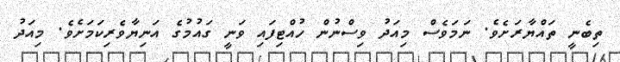
ތިބެނީ ތައްޔާރަށެވެ. ނަމަވެސް މިއަދު ވިސްނުން ހުއްޓިފައި ވަނީ ގައުމުގެ އަނިޔާވެރިކަމަށެވެ. މިއަދު